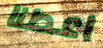
اعطنا